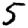
Digit: 5